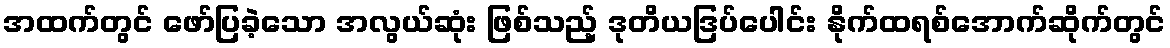
အထက်တွင် ဖော်ပြခဲ့သော အလွယ်ဆုံး ဖြစ်သည့် ဒုတိယဒြပ်ပေါင်း နိုက်ထရစ်အောက်ဆိုက်တွင်